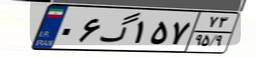
۰۶گ۱۵۷۷۳